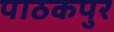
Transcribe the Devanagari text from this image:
पाठकपुर